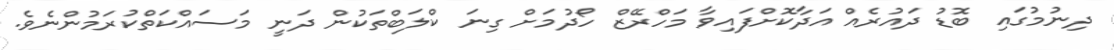
ދިނުމުގައި ބޮޑު ދައުރެއް އަދާކޮށްފައިވާ މަހްރޭޒް ހޯދުމަށް ގިނަ ކްލަބްތަކުން ދަނީ މަސައްކަތްކުރަމުންނެވެ.